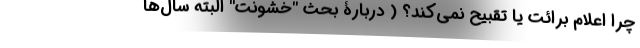
چرا اعلام برائت یا تقبیح نمی‌کند؟ ( دربارۀ بحث "خشونت" البته سال‌ها